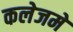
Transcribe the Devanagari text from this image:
कलेजमे